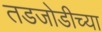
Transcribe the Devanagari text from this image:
तडजोडीच्या